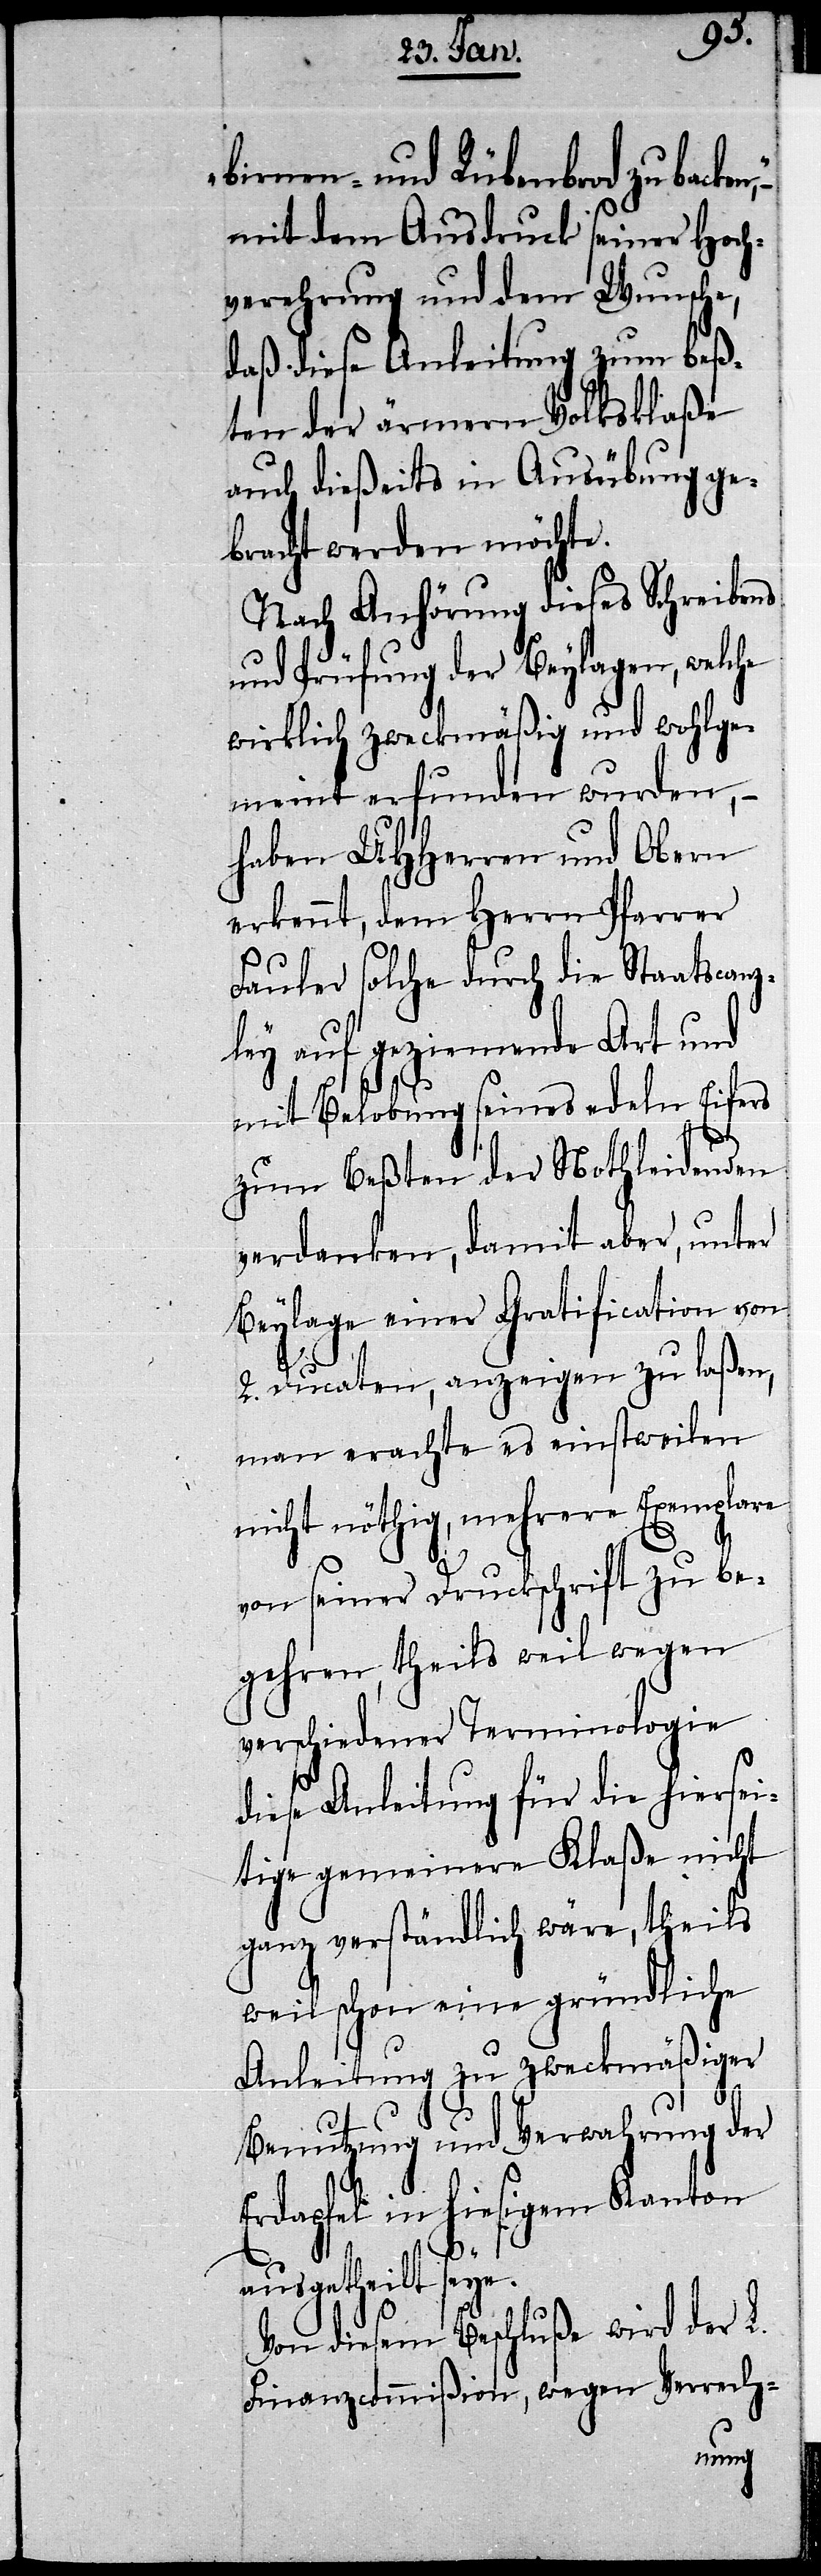
birnen- und Rübenbrod zu backe¬
mit dem Ausdruck seiner Hoch¬
verehrung und dem Wunsche,
daß diese Anleitung zum beß¬
ten der ärmern Volksklaße
auch dießeits in Ausübung ge¬
bracht werden möchte.
Nach Anhörung dieses Schreibens
und Prüfung der Beylagen, welche
wirklich zweckmäßig und wohlge¬
meint erfunden wurden,
haben UHHerren und Obern
erkennt, dem Herrn Pfarrer
Fauler solche durch die Staatscanz¬
ley auf geziemende Art und
mit Belobung seines edeln Eifers
zum Beßten der Nothleidenden
verdanken, damit aber, unter
Beylage einer Gratification von
2. Ducaten, anzeigen zu laßen,
man erachte es einstweilen
nicht nöthig, mehrere Exemplare
von seiner Druckschrift zu be¬
gehren, theils weil wegen
verschiedener Terminologie
diese Anleitung für die hiersei¬
tige gemeinere Klaße nicht
ganz verständlich wäre, theils
weil schon eine gründliche
Anleitung zu zweckmäßiger
Benutzung und Verwahrung der
Erdapfel in hiesigem Kanton
ausgetheilt seye.
Von diesem Beschluße wird der L.
Finanzcommißion, wegen Verrech-
n,“